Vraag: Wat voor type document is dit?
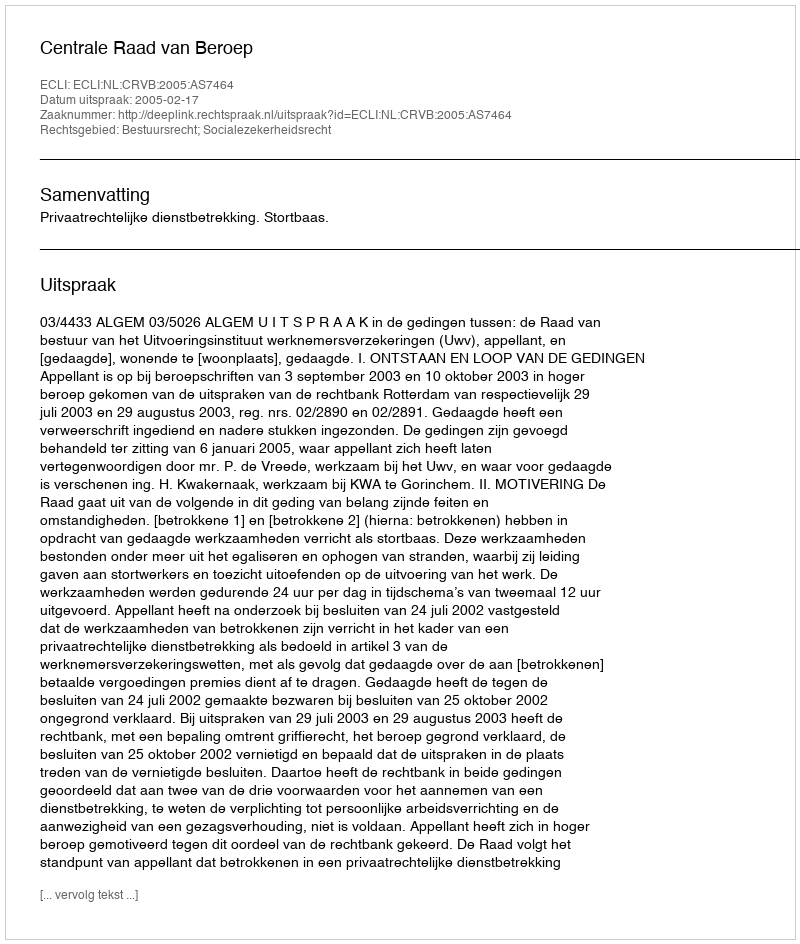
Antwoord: Uitspraak